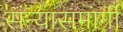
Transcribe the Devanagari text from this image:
संन्यासमार्गी